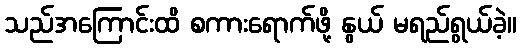
သည်အကြောင်းထိ စကားရောက်ဖို့ နွယ် မရည်ရွယ်ခဲ့။